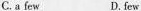
C.a few D.few